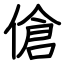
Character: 傖